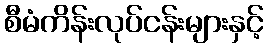
စီမံကိန်းလုပ်ငန်းများနှင့်